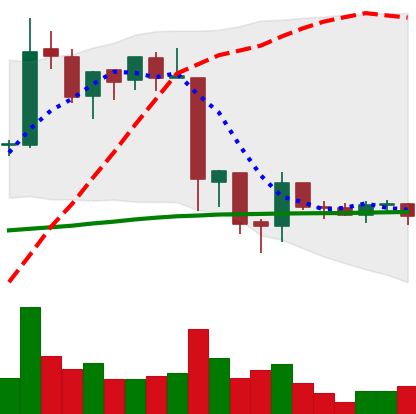
Ticker: EOS-USD
Chart end date: 2018-06-20
Forward return: -20.861%
Label: down_7plus